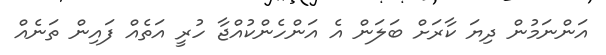
އަންނަމުން ދިޔަ ކާރަށް ބަލަން އެ އަންހެންކުއްޖާ ހުރީ އަތެއް ފައިން ތަނެއް